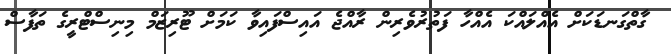
ގާތްގަނޑަކަށް އެއްލައްކަ އެއްހާ ފަތުރުވެރިން ރާއްޖެ އައިސްފައިވާ ކަމަށް ޓޫރިޒަމް މިނިސްޓްރީގެ ތަފާސް